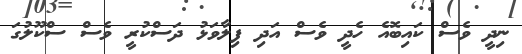
ނިދީ ވެސް ކައިބޮއެ ހެދީ ވެސް އަދި ފިލާވަޅު ދަސްކުރީ ވެސް ސްކޫލުގަ